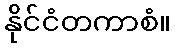
နိုင်ငံတကာစံ။